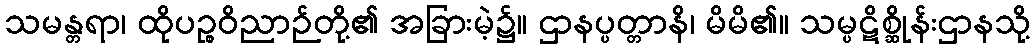
သမန္တရာ၊ ထိုပဉ္စဝိညာဉ်တို့၏ အခြားမဲ့၌။ ဌာနပ္ပတ္တာနိ၊ မိမိ၏။ သမ္ပဋိစ္ဆိုန်းဌာနသို့